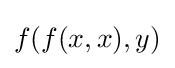
f(f(x,x),y)